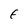
Character: f